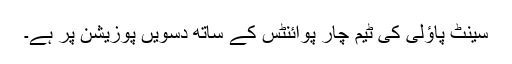
سینٹ پاؤلی کی ٹیم چار پوائنٹس کے ساتھ دسویں پوزیشن پر ہے۔